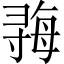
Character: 𫴱